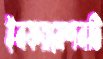
ইনফরমেশনটি